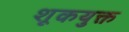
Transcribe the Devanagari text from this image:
शूकयुक्त